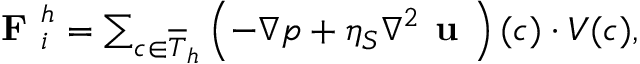
\begin{array} { r } { \textbf { F } _ { i } ^ { h } = \sum _ { c \in \overline { { T } } _ { h } } \left( - \nabla p + \eta _ { S } \nabla ^ { 2 } \textbf { u } \right) ( c ) \cdot V ( c ) , } \end{array}